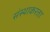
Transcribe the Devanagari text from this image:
संस्थाकरता